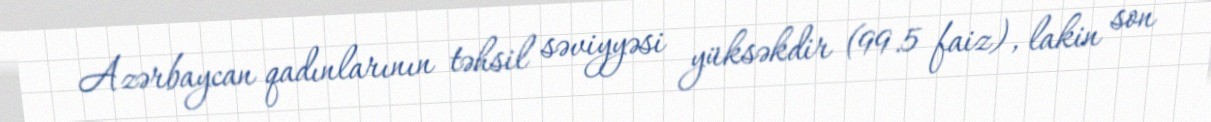
Azərbaycan qadınlarının təhsil səviyyəsi yüksəkdir (99.5 faiz), lakin son